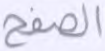
الصفح